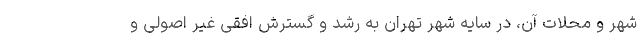
شهر و محلات آن، در سایه شهر تهران به رشد و گسترش افقی غیر اصولی و